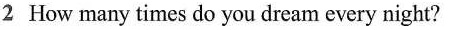
2 How many times do you dream every night?